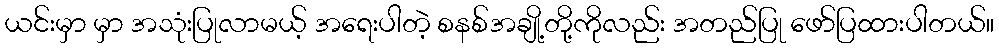
ယင်းမှာ မှာ အသုံးပြုလာမယ့် အရေးပါတဲ့ စနစ်အချို့တို့ကိုလည်း အတည်ပြု ဖော်ပြထားပါတယ်။